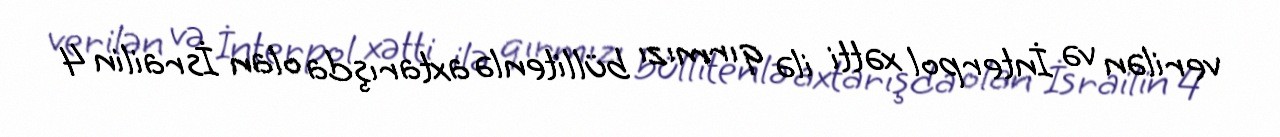
verilən və İnterpol xətti ilə qırmızı büllitenlə axtarışda olan İsrailin 4